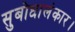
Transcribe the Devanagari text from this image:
सुबोधालंकार।